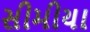
સીમીયા